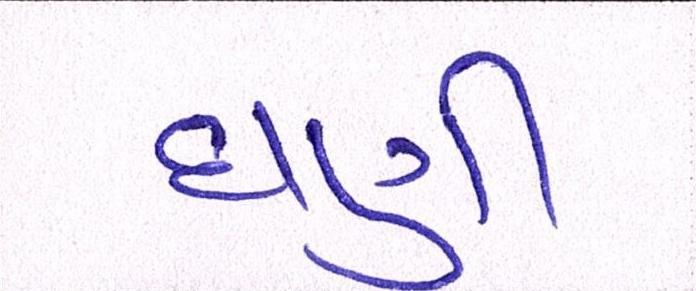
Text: ઘણી